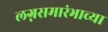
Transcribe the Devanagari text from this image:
लग्नसमारंभाच्या